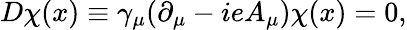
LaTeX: D\chi(x)\equiv\gamma_{\mu}(\partial_{\mu}-ieA_{\mu})\chi(x)=0,